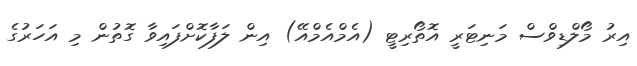
އިރު މޯލްޑިވްސް މަނިޓަރީ އޮތޯރިޓީ (އެމްއެމްއޭ) އިން ލަފާކޮށްފައިވާ ގޮތުން މި އަހަރުގެ